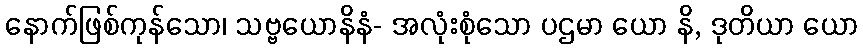
နောက်ဖြစ်ကုန်သော၊ သဗ္ဗယောနိနံ- အလုံးစုံသော ပဌမာ ယော နိ, ဒုတိယာ ယော